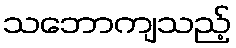
သဘောကျသည့်